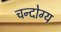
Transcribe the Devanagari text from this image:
चन्दोग्य